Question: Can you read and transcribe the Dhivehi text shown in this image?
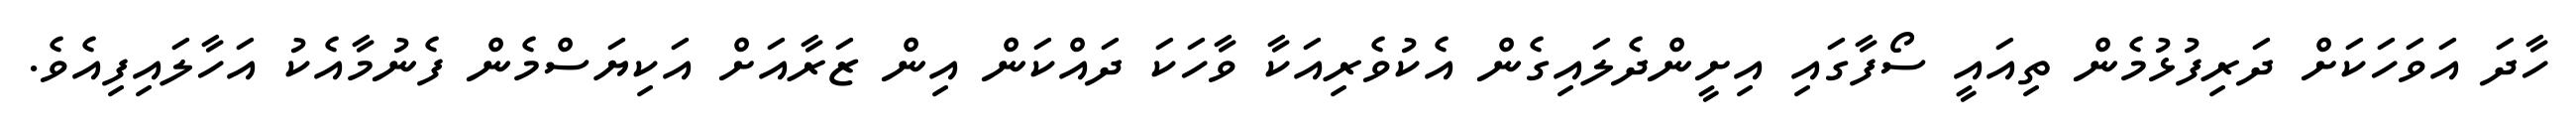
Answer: ހާދަ އަވަހަކަށް ދަރިފުޅުމެން ތިއައީ ސޯފާގައި އިށީންދެލައިގެން އެކުވެރިއަކާ ވާހަކަ ދައްކަން އިން ޒަރާއަށް އަކިޔަސްމެން ފެނުމާއެކު އަހާލައިފިއެވެ.